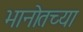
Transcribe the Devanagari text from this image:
भानोतच्या